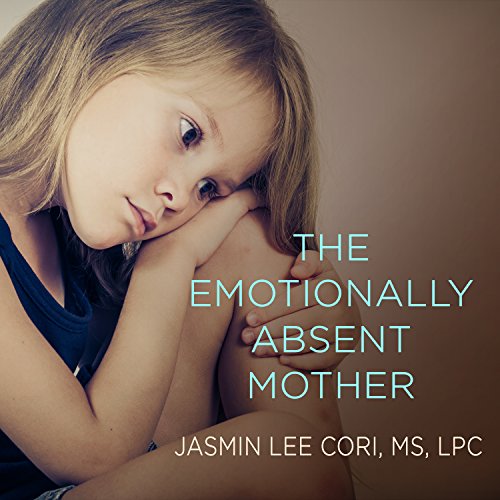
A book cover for The Emotionally Absent Mother: A Guide to Self-Healing and Getting the Love You Missed; MS, LPC Jasmin Lee Cori; Parenting & Relationships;